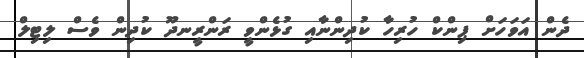
ދެން އަވަހަށް ޕިންކް ހުރިހާ ކުދިންނާއި ގުޅެންވީ ރަންރީނދޫ ކުދިން ވެސް ލިޓިލް